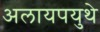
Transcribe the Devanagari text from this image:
अलायपयुथे